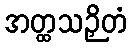
အတ္ထသဉှိတံ